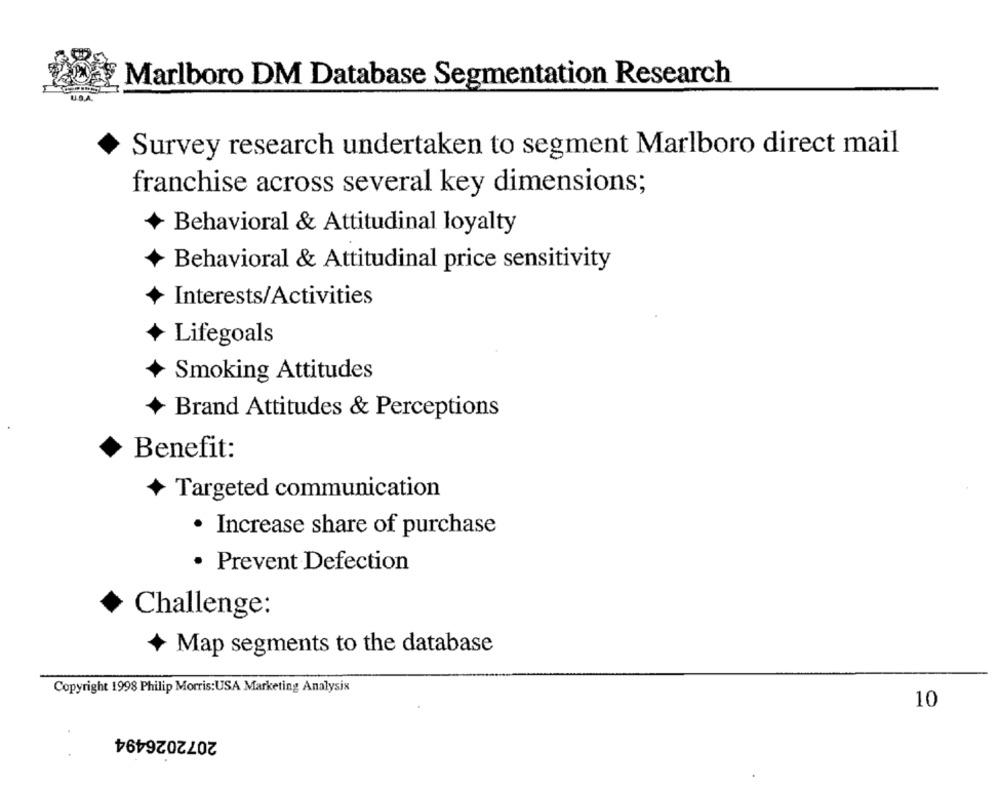
Marlboro DM Database Segmentation Research
U.S.A.
Survey research undertaken to segment Marlboro direct mail
franchise across several key dimensions;
Behavioral & Attitudinal loyalty
Behavioral & Attitudinal price sensitivity
Interests/Activities
Lifegoals
Smoking Attitudes
Brand Attitudes & Perceptions
Benefit:
Targeted communication
· Increase share of purchase
· Prevent Defection
Challenge:
Map segments to the database
Copyright 1998 Philip Morris:USA Marketing Analysis
10
2072026494